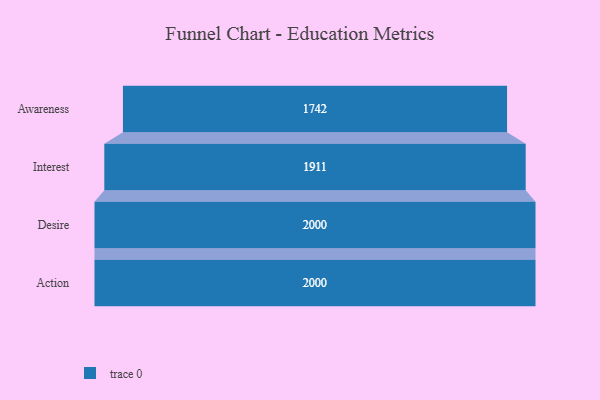
{"axis": {"x": "Stage", "y": "Value"}, "legend": [""], "data": [{"x": "Awareness", "y": 1742.0, "type": ""}, {"x": "Interest", "y": 1911.0, "type": ""}, {"x": "Desire", "y": 2000, "type": ""}, {"x": "Action", "y": 2000, "type": ""}]}